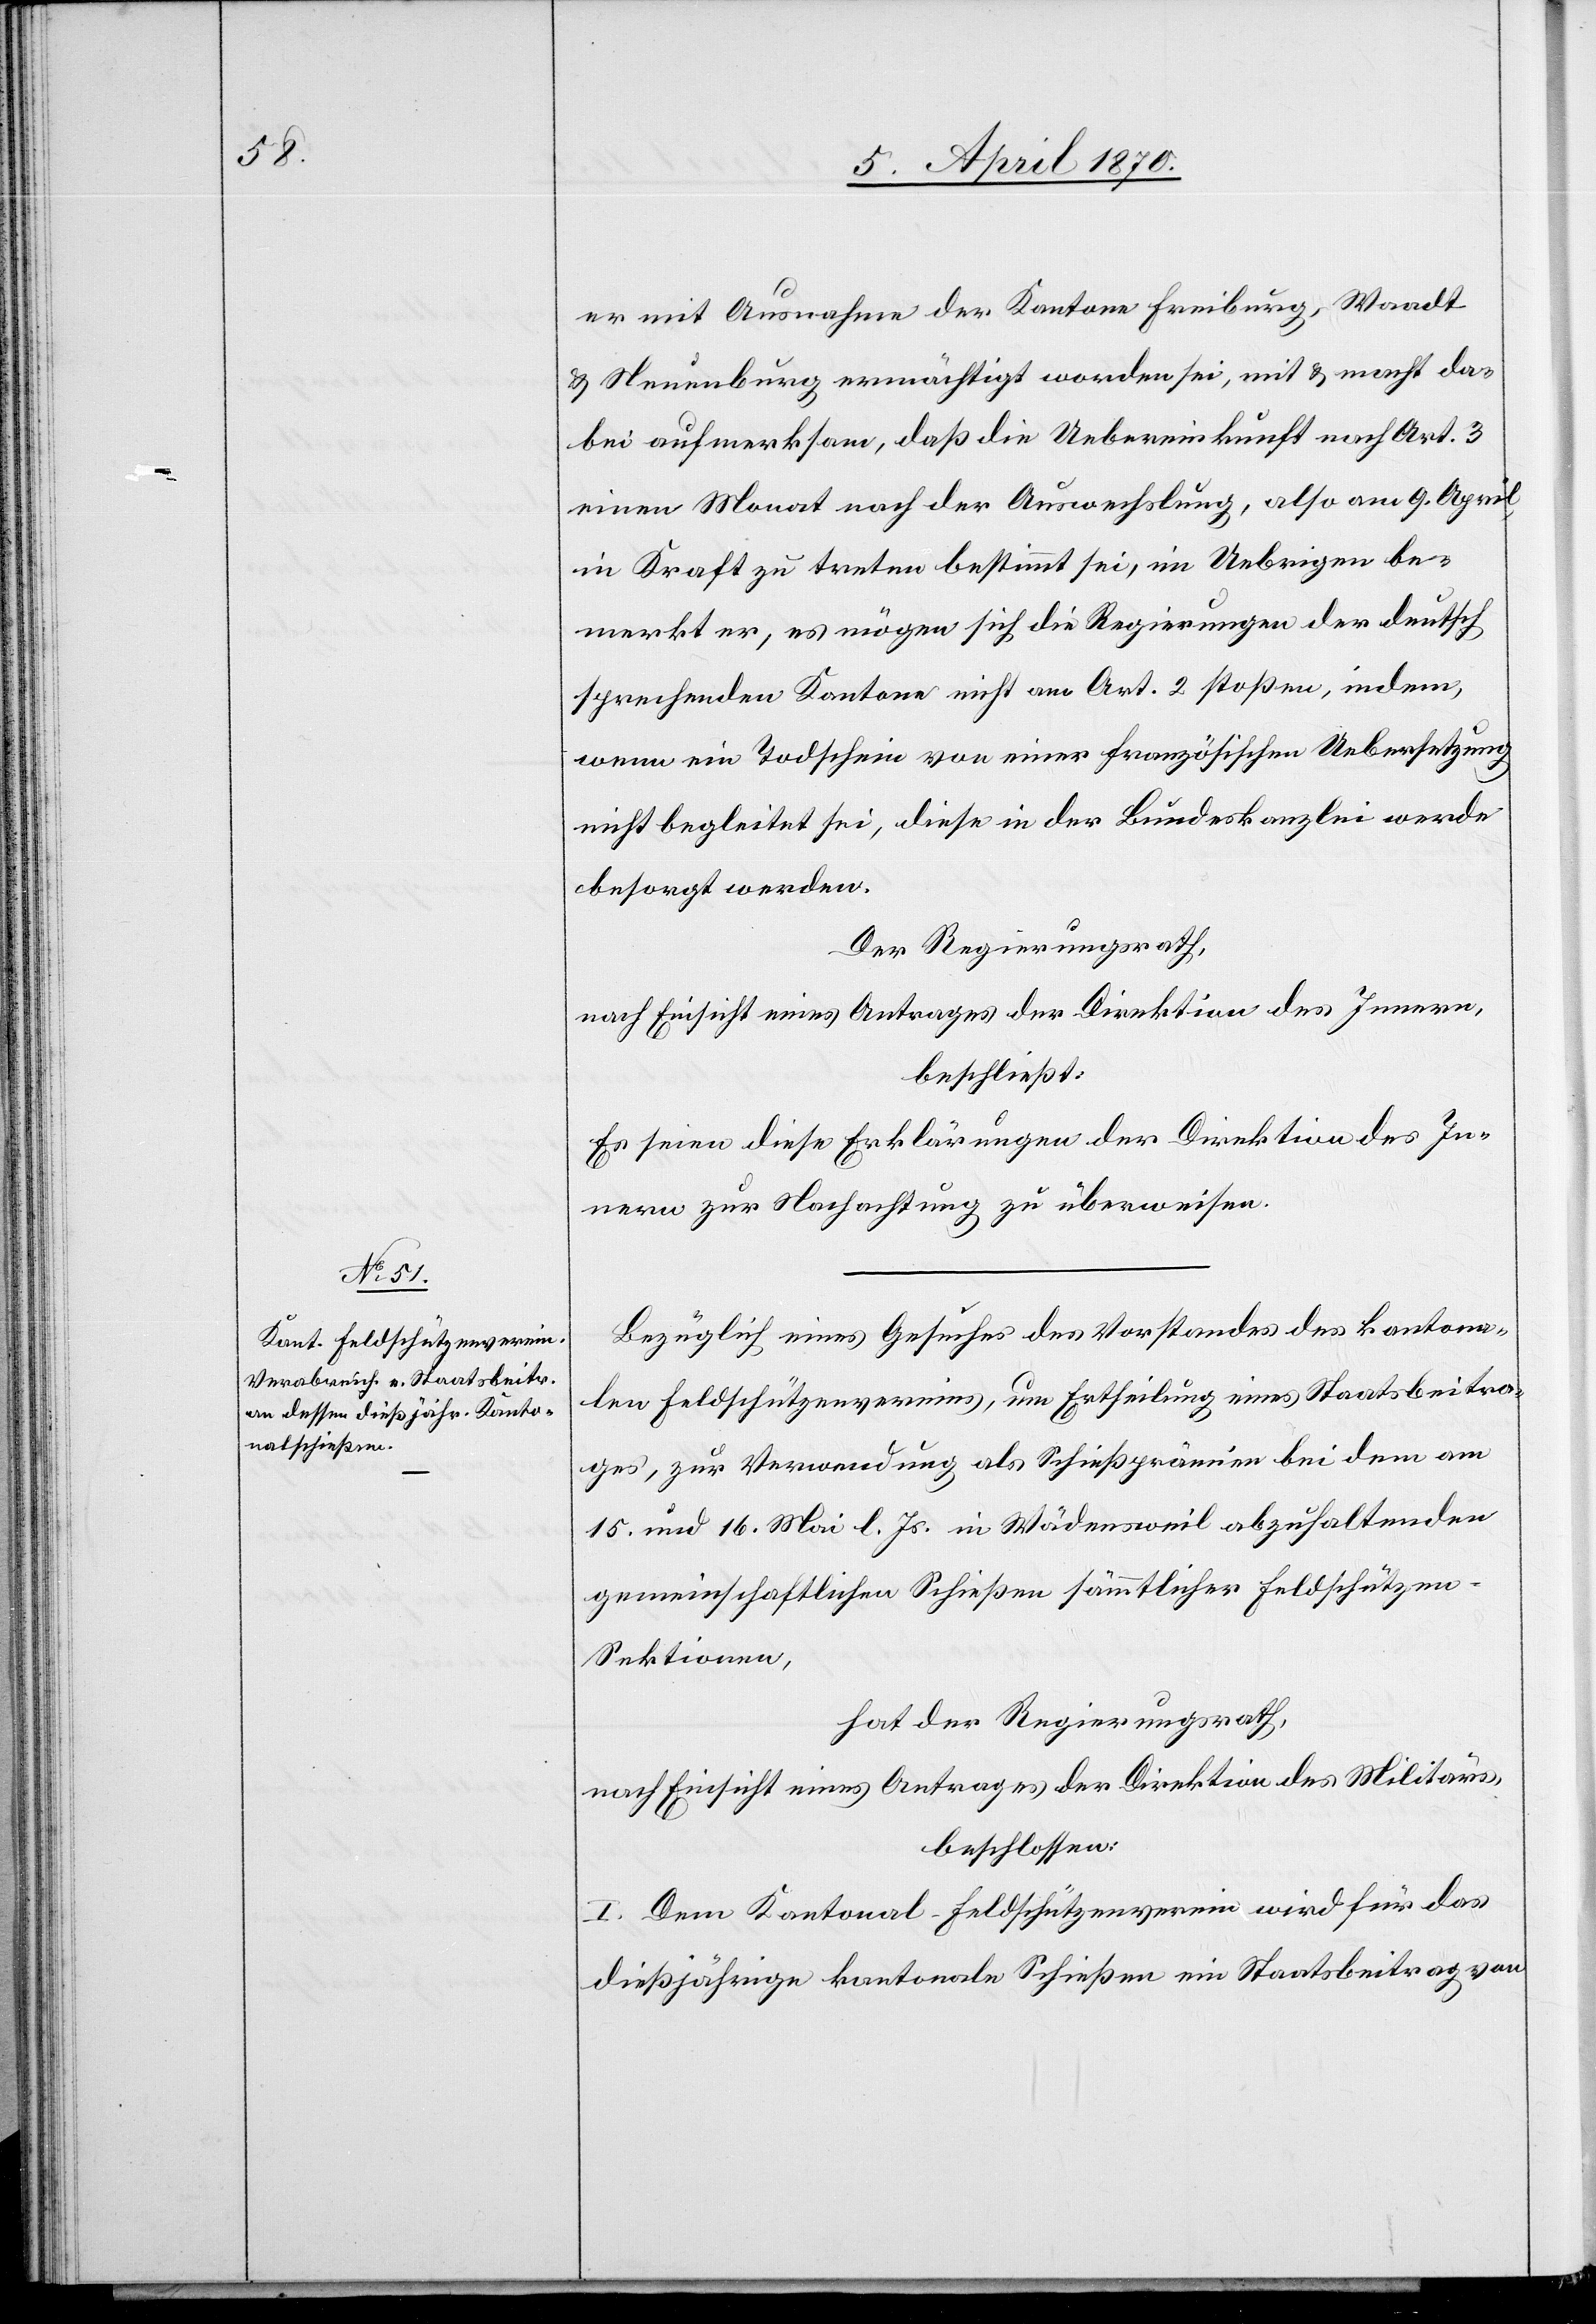
er mit Ausnahme der Kantone Freiburg, Waadt
& Neuenburg ermächtigt worden sei, mit & macht da¬
bei aufmerksam, daß die Uebereinkunft nach Art. 3
einen Monat nach der Auswechslung, also am 9. April,
in Kraft zu treten bestimmt sei, im Uebrigen be¬
merkt er, es mögen sich die Regierungen der deutsch
sprechenden Kantone nicht am Art. 2 stoßen, indem,
wenn ein Todschein von einer französischen Uebersetzung
nicht begleitet sei, diese in der Bundeskanzlei werde
besorgt werden.
Der Regierungsrath,
nach Einsicht eines Antrages der Direktion des Innern,
beschließt:
Es seien diese Erklärungen der Direktion des In¬
nern zur Nachachtung zu überweisen.
Bezüglich eines Gesuches des Vorstandes des kantona¬
len Feldschützenvereins, um Ertheilung eines Staatsbeitra¬
ges, zur Verwendung als Schießprämien bei dem am
15. und 16. Mai l. Js. in Wädensweil abzuhaltenden
gemeinschaftlichen Schießen sämmtlicher Feldschütze¬
n-Sektionen,
hat der Regierungsrath,
nach Einsicht eines Antrages der Direktion des Militärs,
beschlossen:
I. Dem Kantonal-Feldschützenverein wird für das
dießjährige kantonale Schießen ein Staatsbeitrag von